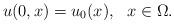
LaTeX: \begin{align*}u(0,x) = u_0(x), \ \ x\in \Omega.\end{align*}